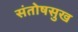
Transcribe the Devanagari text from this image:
संतोषसुख